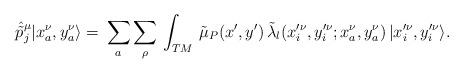
LaTeX: \begin{align*}\hat{\tilde{p}}^\mu_j|x^\nu_a,y^\nu_a\rangle=\,\sum_a\sum_\rho \,\int_{TM}\,\tilde{\mu}_P(x',y')\,\tilde{\lambda}_l(x'^\nu_i,y'^\nu_i;x^\nu_a,y^\nu_a)\,|x'^\nu_i,y'^\nu_i\rangle .\end{align*}